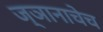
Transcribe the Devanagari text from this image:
ज्ञानाचेच